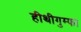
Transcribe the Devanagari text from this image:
हीथीगुम्फा